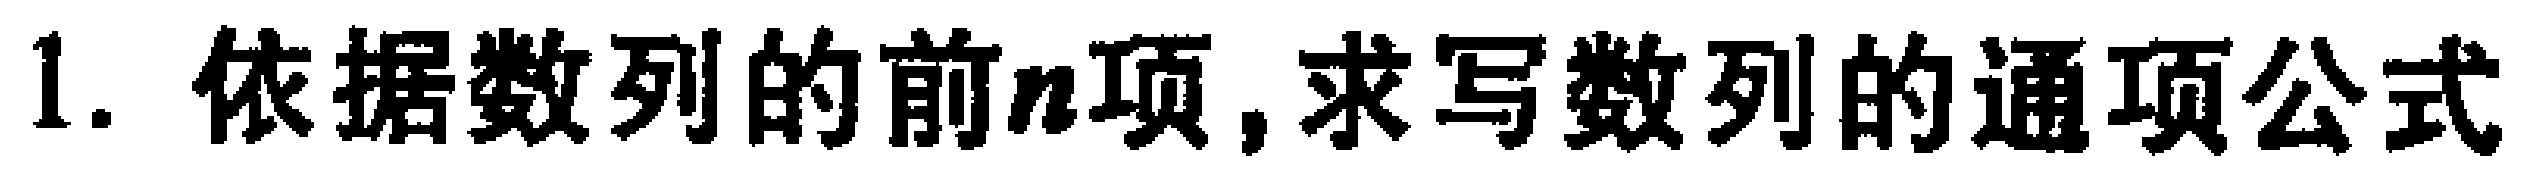
1. 依据数列的前\(n\)项, 求写数列的通项公式